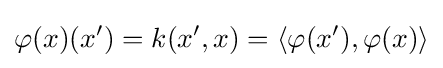
\varphi (x)(x')=k(x',x)=\langle \varphi (x'),\varphi (x)\rangle